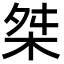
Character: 桀